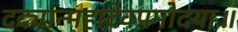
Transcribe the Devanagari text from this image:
दद्यान्महादेवप्रमोदया॥